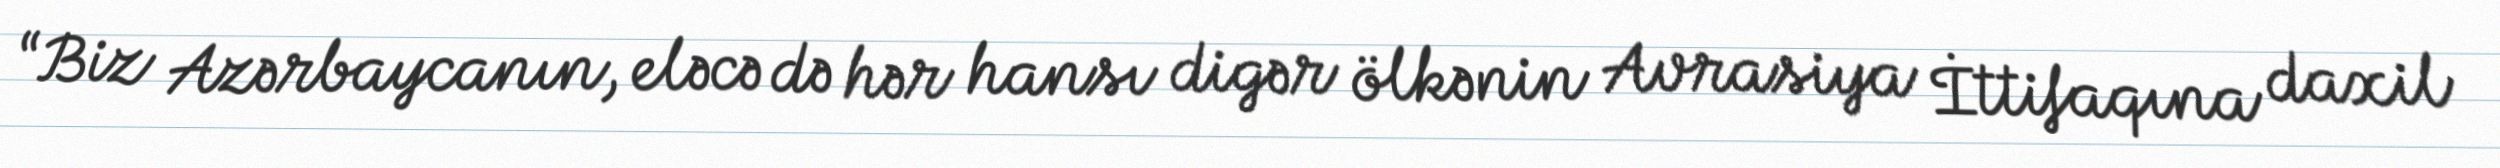
“Biz Azərbaycanın, eləcə də hər hansı digər ölkənin Avrasiya İttifaqına daxil